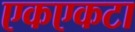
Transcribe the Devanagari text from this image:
एकएकटा